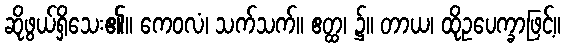
ဆိုဖွယ်ရှိသေး၏။ ကေဝလံ၊ သက်သက်။ ဧတ္ထ၊ ၌။ တာယ၊ ထိုဥပေက္ခာဖြင့်။